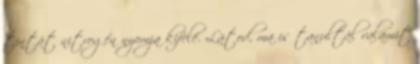
tintát nitrogén nyomja kifelé. Látod, ma is tanultál valamit